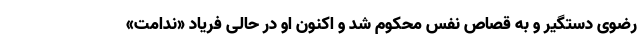
رضوی دستگیر و به قصاص نفس محکوم شد و اکنون او در حالی فریاد «ندامت»